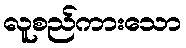
လူစည်ကားသော